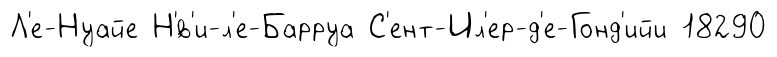
Л'е-Нуайе Н'́в'и-л'е-Барруа С'ент-Ил'ер-д'е-Гонд'ийи 18290